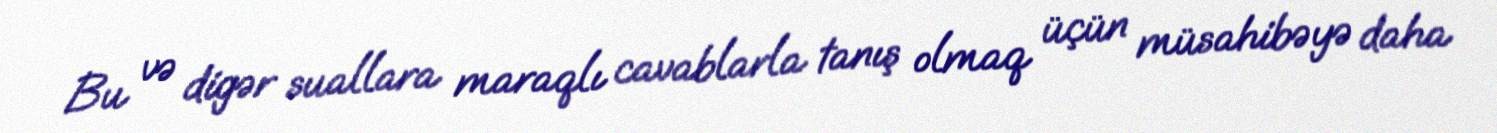
Bu və digər suallara maraqlı cavablarla tanış olmaq üçün müsahibəyə daha